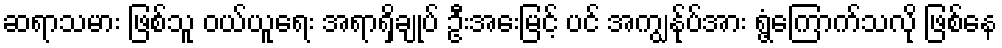
ဆရာသမား ဖြစ်သူ ဝယ်ယူရေး အရာရှိချုပ် ဦးအေးမြင့် ပင် အကျွန်ုပ်အား ရွံ့ကြောက်သလို ဖြစ်နေ